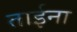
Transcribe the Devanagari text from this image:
ताईना